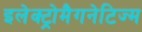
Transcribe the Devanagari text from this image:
इलेक्ट्रोमैगनेटिज्म